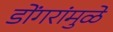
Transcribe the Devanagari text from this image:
डोंगरांमुळे